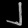
Digit: ၂